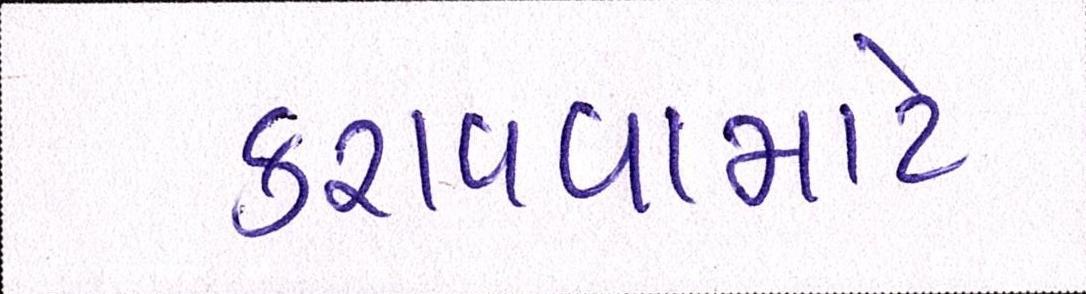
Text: કરાવવામાટે